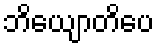
ဘိယျောတိပေ